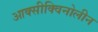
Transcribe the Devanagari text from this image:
आक्सीक्विनोलीन